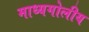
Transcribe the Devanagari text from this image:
माध्यगोलीय